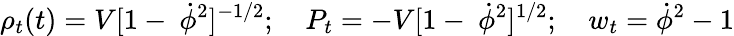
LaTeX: \rho_{t}(t)=V[1-\ \dot{\phi}^{2}]^{-1/2};\quad P_{t}=-V[1-\ \dot{\phi}^{2}]^{1/2};\quad w_{t}=\dot{\phi}^{2}-1